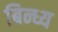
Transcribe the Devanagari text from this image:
बिन्ध्य